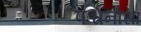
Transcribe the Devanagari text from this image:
पश्चनासा